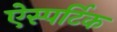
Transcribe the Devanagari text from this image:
ऐस्पर्टिक